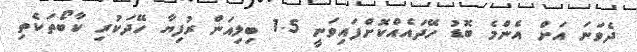
ދެވަނަ އަށް އެންމެ ބޮޑު ހޭދައެއްކޮށްފައިވަނީ 1.5 ބިލިއަން ރުފިޔާ ހޭދަކުރި ކާބޯތަކެތި